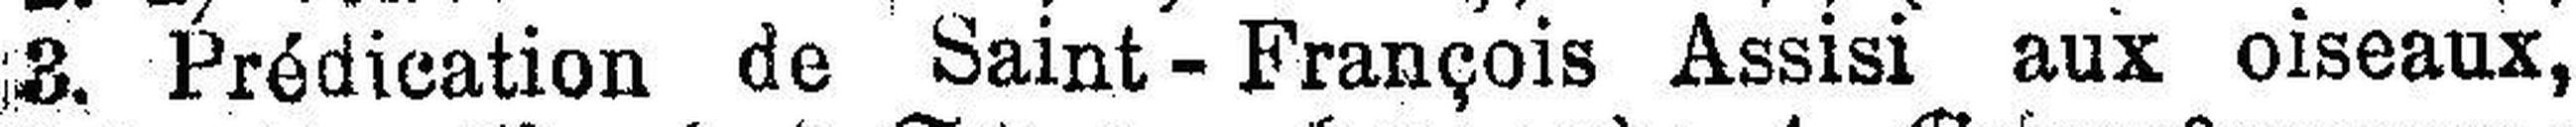
3. Prédication de Saint - François Assisi aux oiseaux,